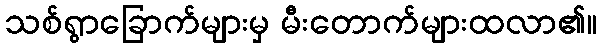
သစ်ရွာခြောက်များမှ မီးတောက်များထလာ၏။